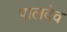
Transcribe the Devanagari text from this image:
पालदेव